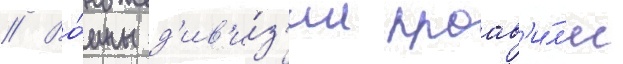
// Во́ины д'ив'и́з'ии проав'и́л'и